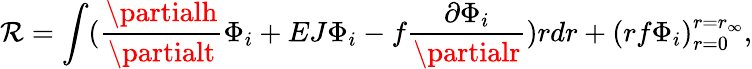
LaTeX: \mathcal{R}=\int(\frac{{\partialh}}{{\partialt}}\Phi_{i}+EJ\Phi_{i}-f\frac{{\partial\Phi_{i}}}{{\partialr}})rdr+(rf\Phi_{i})_{r=0}^{r=r_{\infty}},